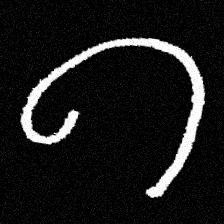
Pyu character \u2014 Myanmar letter: ဂ (romanized: ga)